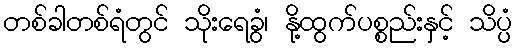
တစ်ခါတစ်ရံတွင် သိုးရေခွံ၊ နို့ထွက်ပစ္စည်းနှင့် သိပ္ပံ